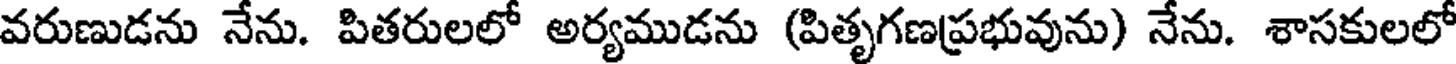
వరుణుడను నేను. పితరులలో అర్యముడను (పితృగణప్రభువును) నేను. శాసకులలో